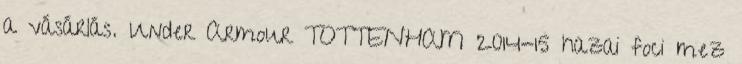
a vásárlás. Under Armour TOTTENHAM 2014-15 hazai foci mez